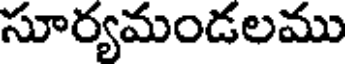
సూర్యమండలము